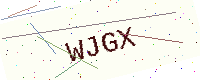
Text: WJGX